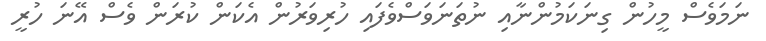
ނަމަވެސް މީހުން ގިނަކަމުންނާއި ނުތަނަވަސްވެފައި ހުރިވަރުން އެކަން ކުރަން ވެސް އޭނަ ހުރީ